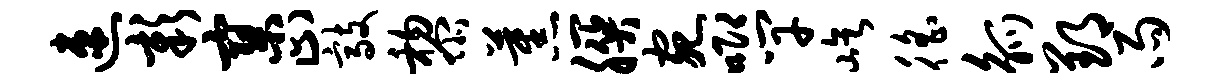
速彰寥止敲黎蕉朕宛唧竿屹徭觚郢雨